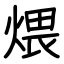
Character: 煨